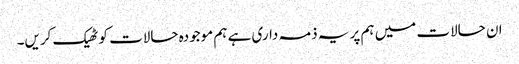
ان حالات میں ہم پر یہ ذمہ داری ہے ہم موجودہ حالات کو ٹھیک کریں۔